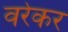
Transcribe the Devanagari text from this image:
वरेकर